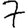
Digit: 7